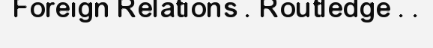
Foreign Relations . Routledge . .